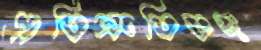
প্রতিশ্রুতিভঙ্গ